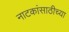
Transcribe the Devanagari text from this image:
नाटकांसाठीच्या